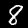
Digit: 8